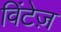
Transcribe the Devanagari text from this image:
विंटेज़